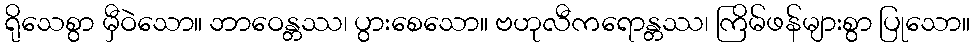
ရိုသေစွာ မှီဝဲသော။ ဘာဝေန္တဿ၊ ပွားစေသော။ ဗဟုလီကရောန္တဿ၊ ကြိမ်ဖန်များစွာ ပြုသော။